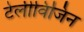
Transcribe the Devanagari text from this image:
टेलीविजिन